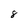
Character: 8